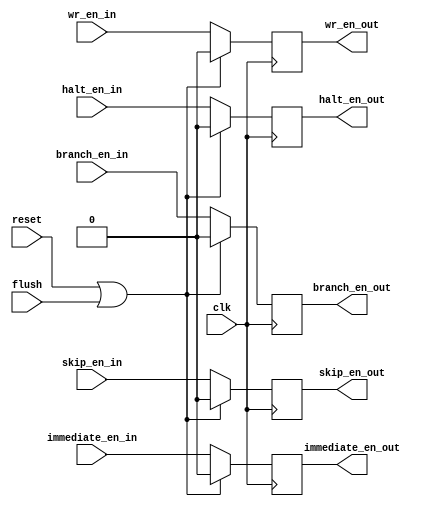
`timescale 1ns/1ns

module Execute(
	       input 	  clk,
	       input 	  reset,
	       input 	  flush,
	       input 	  wr_en_in,
	       input 	  immediate_en_in,
	       input 	  skip_en_in,
	       input 	  branch_en_in,
	       input 	  halt_en_in,
	       output reg wr_en_out,
	       output reg immediate_en_out,
	       output reg skip_en_out,
	       output reg branch_en_out,
	       output reg halt_en_out
	       );

   always @(posedge clk)
     if (reset || flush)
       begin
	wr_en_out <= 0;    
	immediate_en_out <= 0;     
	skip_en_out <= 0;     
	branch_en_out <= 0;     
	halt_en_out <= 0;
     end  
     else
     begin
	wr_en_out <= wr_en_in;    
	immediate_en_out <= immediate_en_in;     
	skip_en_out <= skip_en_in;     
	branch_en_out <= branch_en_in;     
	halt_en_out <= halt_en_in;
     end

endmodule // Execute